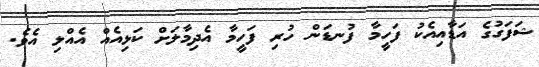
ޝަފަގުގެ އަޑާއިއެކު ފަހީމާ ފުނޑަން ހުރި ފަހީމާ އެދިމާލަށް ކަޅިއެއް އެއްލި އެވެ.